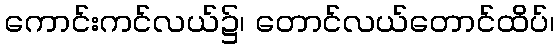
ကောင်းကင်လယ်၌၊ တောင်လယ်တောင်ထိပ်၊